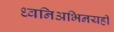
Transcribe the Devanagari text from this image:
ध्वनिअभिनयही